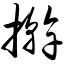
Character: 擀